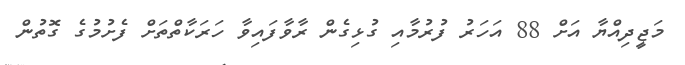
މަޖީދިއްޔާ އަށް 88 އަހަރު ފުރުމާއި ގުޅިގެން ރާވާފައިވާ ހަރަކާތްތަށް ފެށުމުގެ ގޮތުން